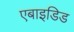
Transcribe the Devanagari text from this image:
एबाइडिड